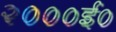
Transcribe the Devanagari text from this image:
२०००ई०